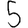
Digit: 5